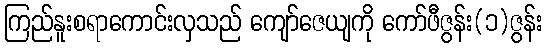
ကြည်နူးစရာကောင်းလှသည် ကျော်ဇေယျကို ကော်ဖီဇွန်း(၁)ဇွန်း